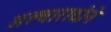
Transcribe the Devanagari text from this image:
अल्वारादोने